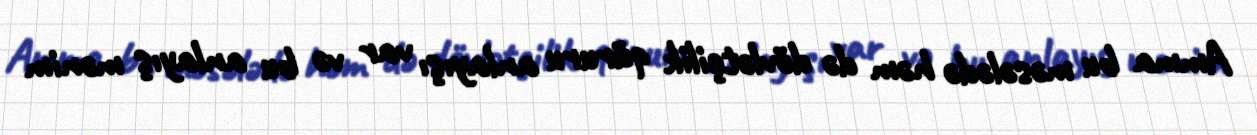
Amma bu məsələdə həm də dövlətçilik qüruru anlayışı var və bu anlayış mənim